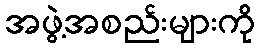
အဖွဲ့အစည်းများကို